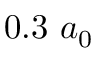
0 . 3 ~ a _ { 0 }